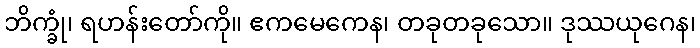
ဘိက္ခုံ၊ ရဟန်းတော်ကို။ ဧကမေကေန၊ တခုတခုသော။ ဒုဿယုဂေန၊